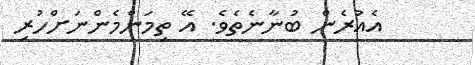
އެއުރެން ބުނާނެތެވެ. އޭ ތިމަންމެންނަށްހުރި